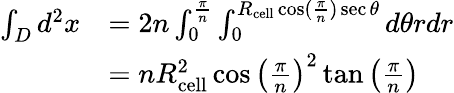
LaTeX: \begin{array}{rl}{\int_{D}d^{2}x}&{=2n\int_{0}^{\frac{\pi}{n}}\int_{0}^{R_{\mathrm{cell}}\cos(\frac{\pi}{n})\sec\theta}d\theta rdr}\\ &{=nR_{\mathrm{cell}}^{2}\cos\left(\frac{\pi}{n}\right)^{2}\tan\left(\frac{\pi}{n}\right)}\end{array}